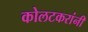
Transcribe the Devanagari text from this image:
कोलटकरांनी